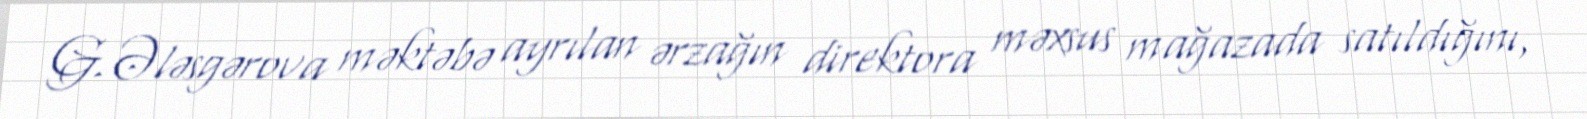
G.Ələsgərova məktəbə ayrılan ərzağın direktora məxsus mağazada satıldığını,